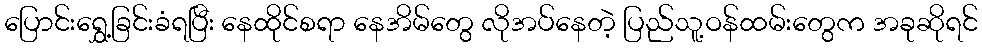
ပြောင်းရွှေ့ခြင်းခံရပြီး နေထိုင်စရာ နေအိမ်တွေ လိုအပ်နေတဲ့ ပြည်သူ့ဝန်ထမ်းတွေက အခုဆိုရင်